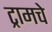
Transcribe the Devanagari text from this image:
ट्रामचे